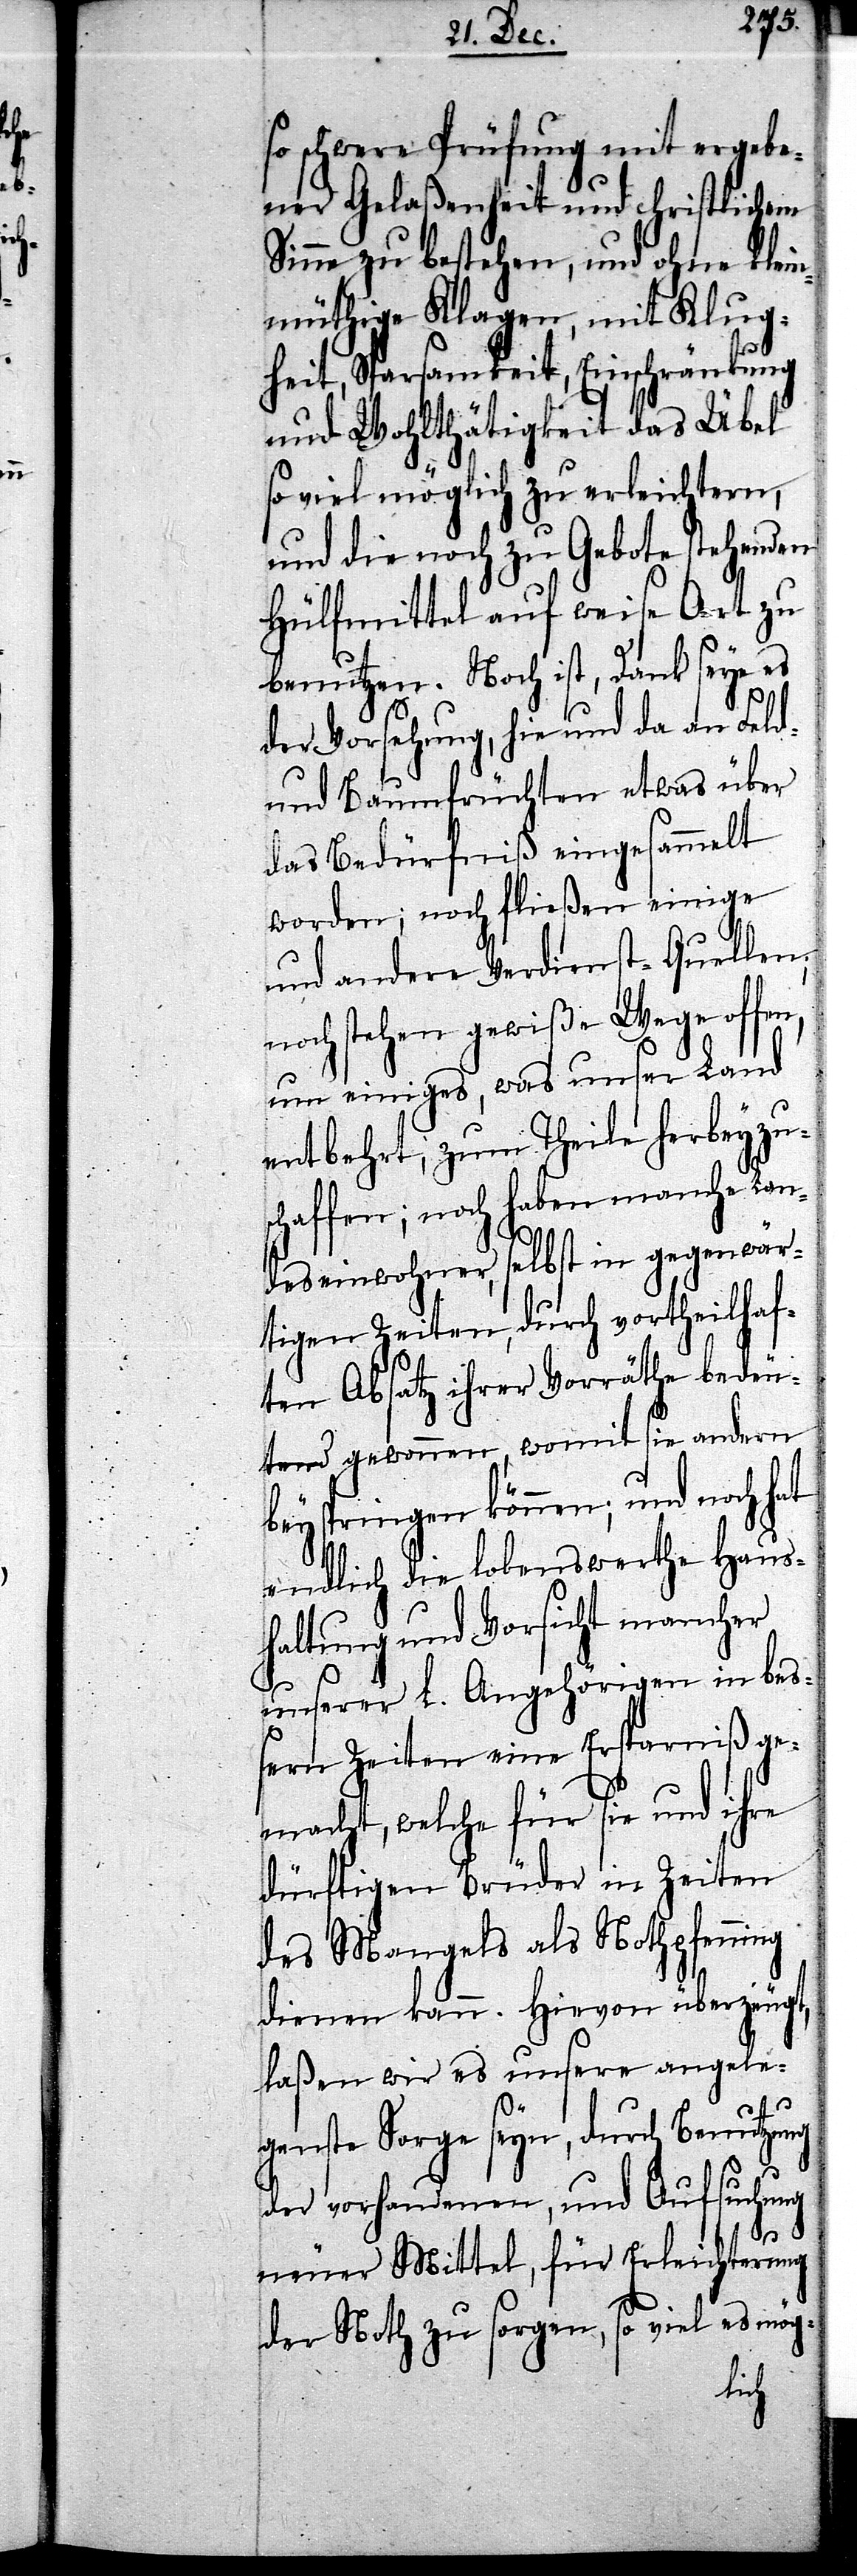
so schwere Prüfung mit ergebe¬
ner Gelaßenheit und christlichem
Sinne zu bestehen, und ohne klein¬
müthige Klagen, mit Klug¬
heit, Sparsamkeit, Einschränkung
und Wohlthätigkeit das Übel
so viel möglich zu erleichtern,
und die noch zu Gebote stehenden
Hülfmittel auf weise Art zu
benutzen. Noch ist, Dank seye es
der Vorsehung, hie und da an Feld-
und Baumfrüchten etwas über
das Bedürfniß eingesammelt
worden; noch fließen einige
und andere Verdienst-Quellen;
noch stehen gewiße Wege offen,
um einiges, was unser Land
entbehrt, zum Theile herbeyzu¬
schaffen; noch haben manche Lan¬
deseinwohner, selbst in gegenwär¬
tigen Zeiten, durch vortheilhaf¬
ten Absatz ihrer Vorräthe bedeu¬
tend gewonnen, womit sie andern
beyspringen können; und noch hat
endlich die lobenswerthe Haus¬
haltung und Vorsicht mancher
unserer L. Angehörigen in beß¬
ern Zeiten eine Ersparniß ge¬
macht, welche für sie und ihre
dürftigen Brüder in Zeiten
des Mangels als Nothpfenning
dienen kann. Hievon überzeugt,
laßen wir es unsere angele¬
genste Sorge seyn, durch Benutzung
der vorhandenen, und Aufsuchung
neuer Mittel, für Erleichterung
der Noth zu sorgen, so viel es mög-